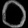
Digit: ၀